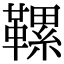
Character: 𩌹